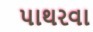
પાથરવા